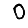
Digit: 0